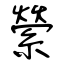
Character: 縈